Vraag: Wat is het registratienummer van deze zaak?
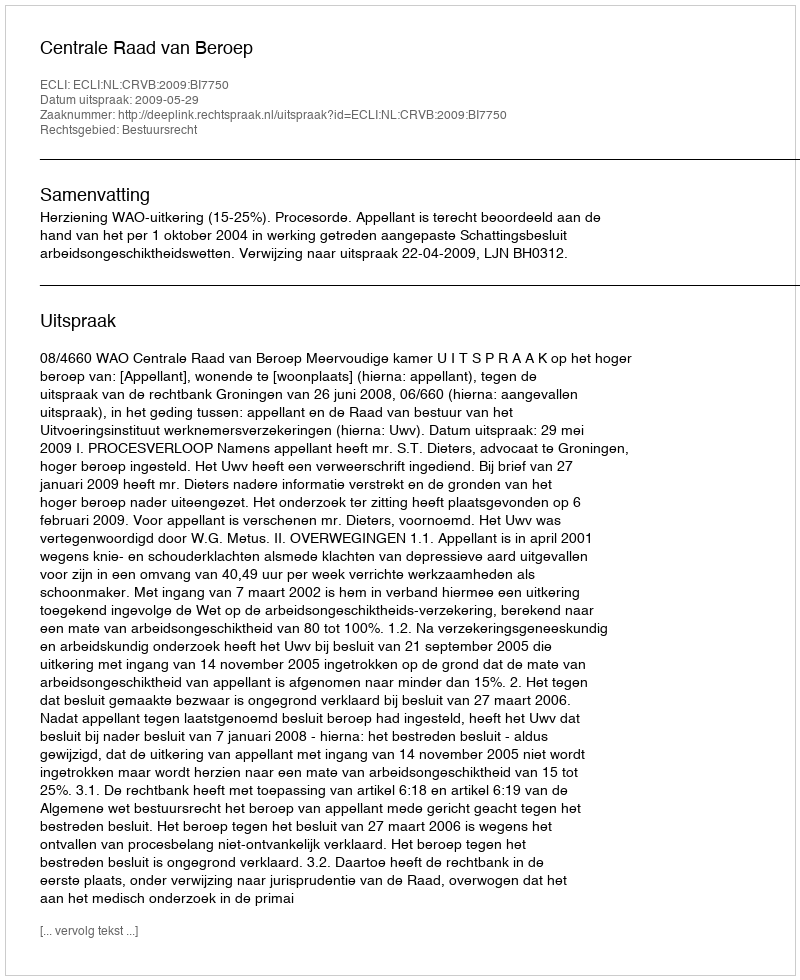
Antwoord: http://deeplink.rechtspraak.nl/uitspraak?id=ECLI:NL:CRVB:2009:BI7750